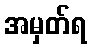
အမှတ်ရ